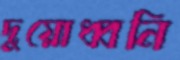
দুয়োধ্বনি